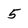
Character: 5